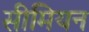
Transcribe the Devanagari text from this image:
सीमियन